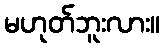
မဟုတ်ဘူးလား။